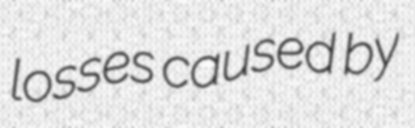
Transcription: losses caused by